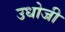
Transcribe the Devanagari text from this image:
उधोजी